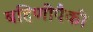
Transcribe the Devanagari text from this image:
बहिणीपैकी